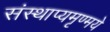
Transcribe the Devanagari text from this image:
संस्थाप्यमृण्मये